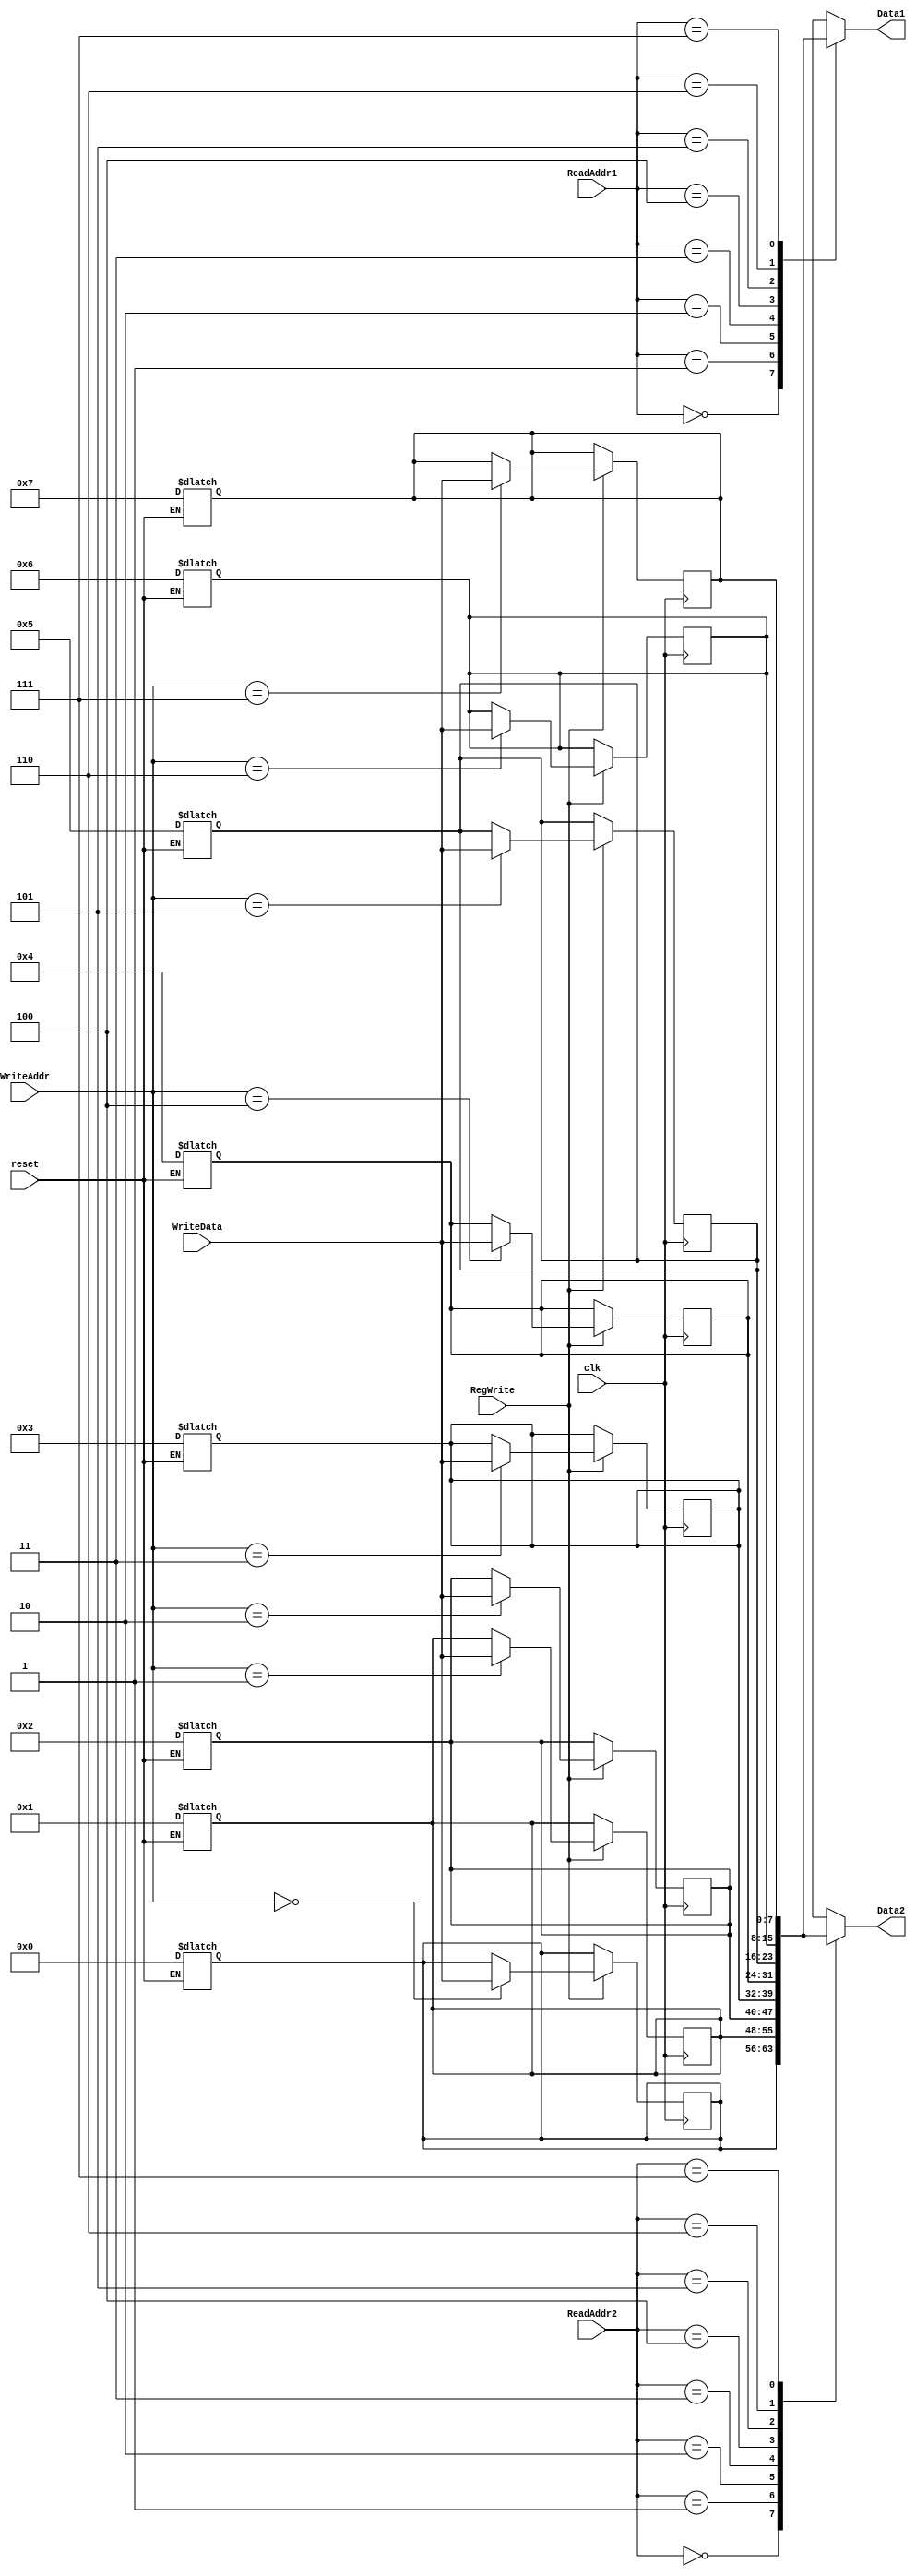
`timescale 1ns / 1ps
//////////////////////////////////////////////////////////////////////////////////
// Company: 
// Engineer: 
// 
// Design Name: 
// Module Name:    RegFile 
// Project Name: 
// Target Devices: 
// Tool versions: 
// Description: 
//
// Dependencies: 
//
// Revision: 
// Revision 0.01 - File Created
// Additional Comments: 
//
//////////////////////////////////////////////////////////////////////////////////
module RegFile(
    input clk,
    input reset,
    input [2:0] ReadAddr1,
    input [2:0] ReadAddr2,
    input [2:0] WriteAddr,
    input [7:0] WriteData,
    input RegWrite,
    output [7:0] Data1,
    output [7:0] Data2
    );

reg [7:0] R [7:0];
integer i;

//always x[0] <= 0;

assign Data1 = R[ReadAddr1];
assign Data2 = R[ReadAddr2];

always@(reset)
begin
	if(reset) begin
	for(i=0;i<8;i=i+1)
		R[i] = i;
	end
end

always@(posedge clk)
begin
	if(RegWrite) R[WriteAddr] <= WriteData;
end

endmodule